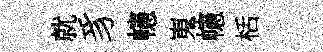
就豸幰嵬幰栝